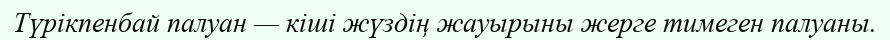
Түрікпенбай палуан — кіші жүздің жауырыны жерге тимеген палуаны.